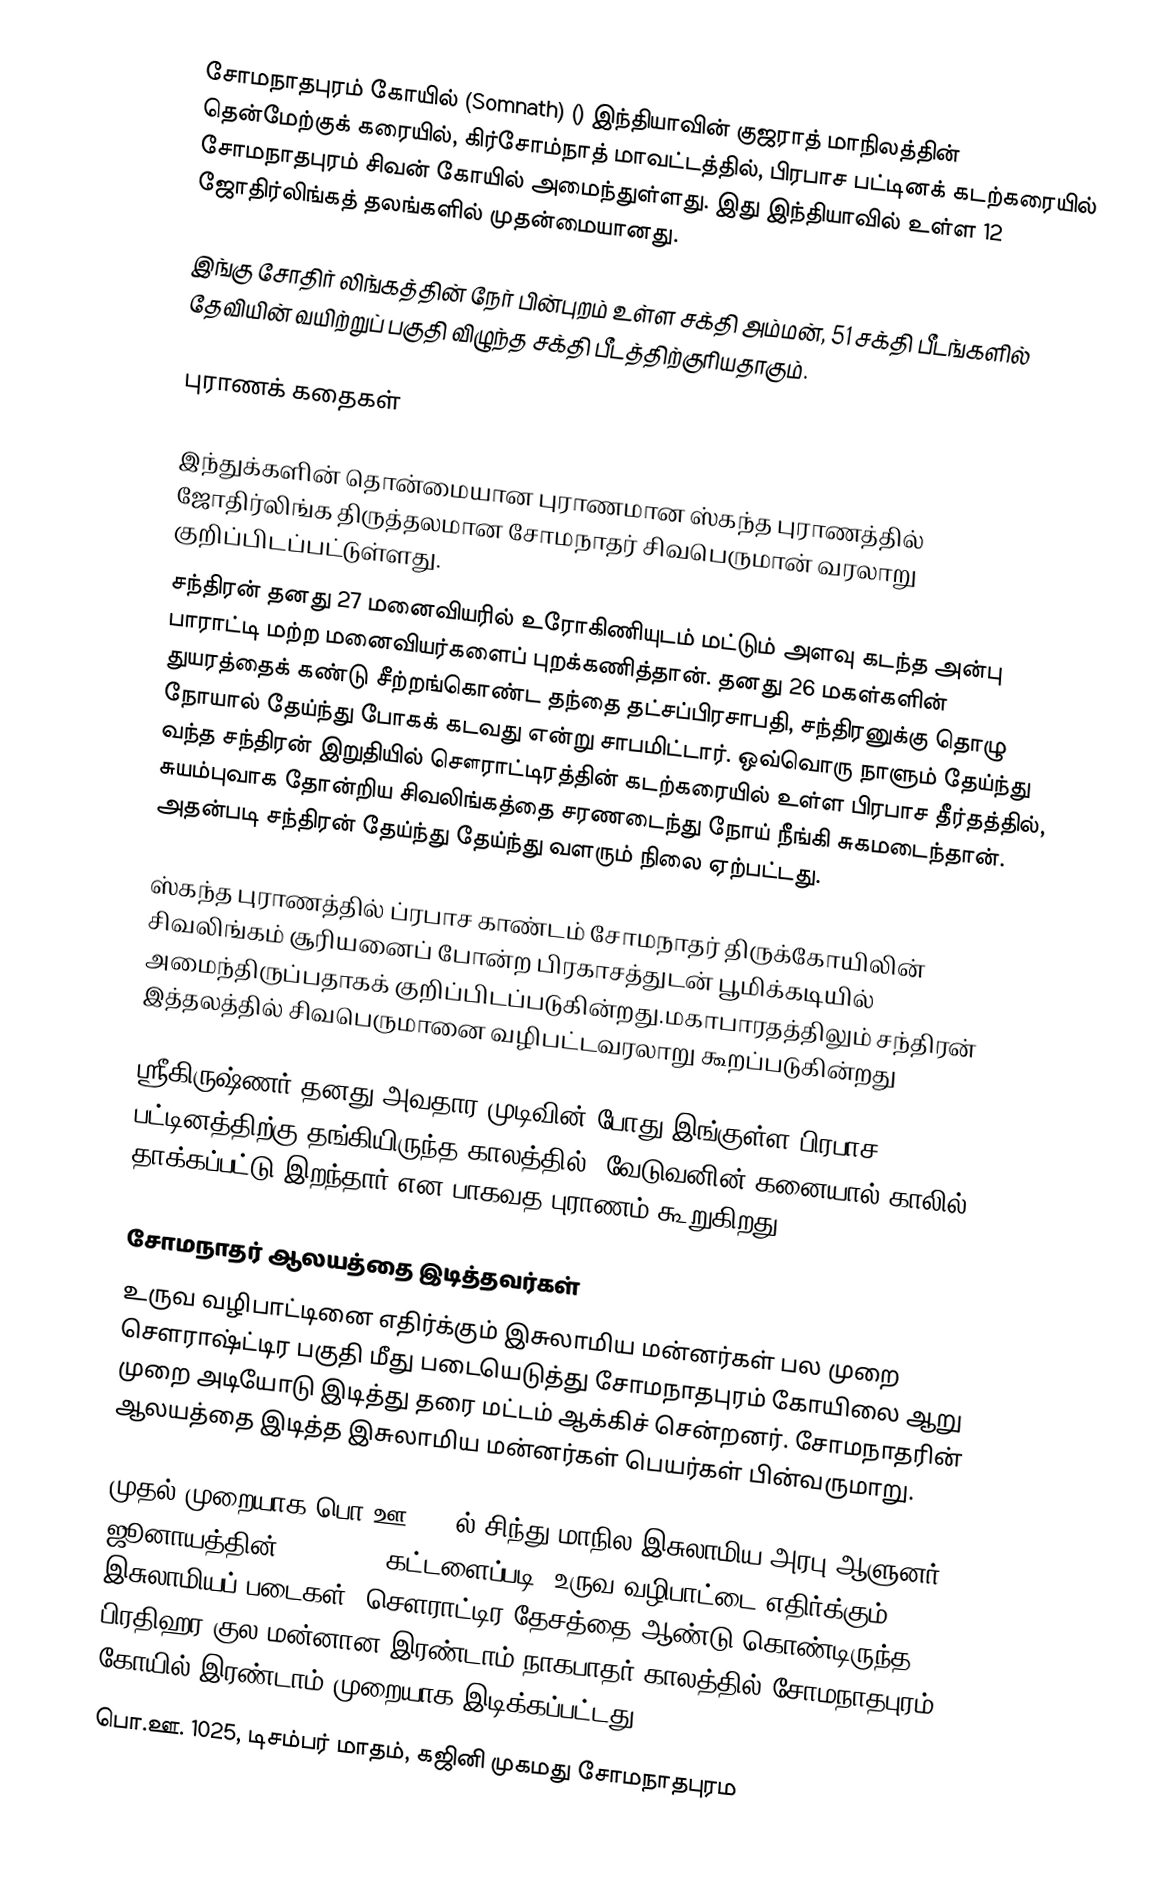
சோமநாதபுரம் கோயில் (Somnath) () இந்தியாவின் குஜராத் மாநிலத்தின் தென்மேற்குக் கரையில், கிர்சோம்நாத் மாவட்டத்தில், பிரபாச பட்டினக் கடற்கரையில்  சோமநாதபுரம் சிவன் கோயில் அமைந்துள்ளது. இது இந்தியாவில் உள்ள 12 ஜோதிர்லிங்கத் தலங்களில் முதன்மையானது.

இங்கு சோதிர் லிங்கத்தின் நேர் பின்புறம் உள்ள சக்தி அம்மன், 51 சக்தி பீடங்களில் தேவியின் வயிற்றுப் பகுதி விழுந்த சக்தி பீடத்திற்குரியதாகும்.

புராணக் கதைகள்

இந்துக்களின் தொன்மையான புராணமான ஸ்கந்த புராணத்தில் ஜோதிர்லிங்க திருத்தலமான சோமநாதர் சிவபெருமான் வரலாறு குறிப்பிடப்பட்டுள்ளது.
சந்திரன் தனது  27 மனைவியரில் உரோகிணியுடம் மட்டும் அளவு கடந்த அன்பு பாராட்டி மற்ற மனைவியர்களைப் புறக்கணித்தான். தனது 26 மகள்களின் துயரத்தைக் கண்டு சீற்றங்கொண்ட  தந்தை தட்சப்பிரசாபதி, சந்திரனுக்கு தொழு நோயால் தேய்ந்து போகக் கடவது என்று சாபமிட்டார். ஒவ்வொரு நாளும் தேய்ந்து வந்த சந்திரன் இறுதியில் சௌராட்டிரத்தின் கடற்கரையில் உள்ள பிரபாச தீர்தத்தில், சுயம்புவாக தோன்றிய சிவலிங்கத்தை சரணடைந்து நோய் நீங்கி சுகமடைந்தான். அதன்படி சந்திரன் தேய்ந்து தேய்ந்து வளரும் நிலை ஏற்பட்டது.

ஸ்கந்த புராணத்தில் ப்ரபாச காண்டம் சோமநாதர் திருக்கோயிலின் சிவலிங்கம் சூரியனைப் போன்ற பிரகாசத்துடன் பூமிக்கடியில் அமைந்திருப்பதாகக் குறிப்பிடப்படுகின்றது.மகாபாரதத்திலும் சந்திரன் இத்தலத்தில் சிவபெருமானை வழிபட்டவரலாறு கூறப்படுகின்றது

ஸ்ரீகிருஷ்ணர் தனது அவதார முடிவின் போது இங்குள்ள பிரபாச பட்டினத்திற்கு தங்கியிருந்த காலத்தில், வேடுவனின் கனையால் காலில் தாக்கப்பட்டு இறந்தார் என பாகவத புராணம் கூறுகிறது.

சோமநாதர் ஆலயத்தை இடித்தவர்கள்
உருவ வழிபாட்டினை எதிர்க்கும் இசுலாமிய மன்னர்கள் பல முறை சௌராஷ்ட்டிர பகுதி மீது படையெடுத்து சோமநாதபுரம் கோயிலை ஆறு முறை அடியோடு இடித்து தரை மட்டம் ஆக்கிச் சென்றனர். சோமநாதரின் ஆலயத்தை இடித்த இசுலாமிய மன்னர்கள்  பெயர்கள் பின்வருமாறு.

 முதல் முறையாக பொ.ஊ. 725ல் சிந்து மாநில இசுலாமிய அரபு ஆளுனர் ஜூனாயத்தின் (Junayad) கட்டளைப்படி, உருவ வழிபாட்டை எதிர்க்கும் இசுலாமியப் படைகள், சௌராட்டிர தேசத்தை ஆண்டு கொண்டிருந்த, பிரதிஹர குல மன்னான இரண்டாம் நாகபாதர் காலத்தில் சோமநாதபுரம் கோயில் இரண்டாம் முறையாக இடிக்கப்பட்டது.
 பொ.ஊ. 1025, டிசம்பர் மாதம், கஜினி முகமது சோமநாதபுரம